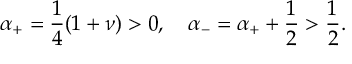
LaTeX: \alpha _ { + } = \frac { 1 } { 4 } ( 1 + \nu ) > 0 , \quad \alpha _ { - } = \alpha _ { + } + \frac { 1 } { 2 } > \frac { 1 } { 2 } .